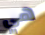
هي